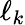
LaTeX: \ell_{k}